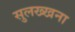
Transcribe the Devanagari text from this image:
सुलख्खना